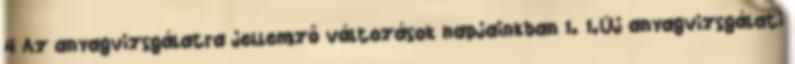
4 Az anyagvizsgálatra jellemző változások napjainkban 1. 1.Új anyagvizsgálati